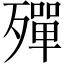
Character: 殫